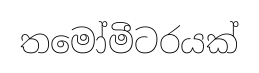
තමෝමීටරයක්